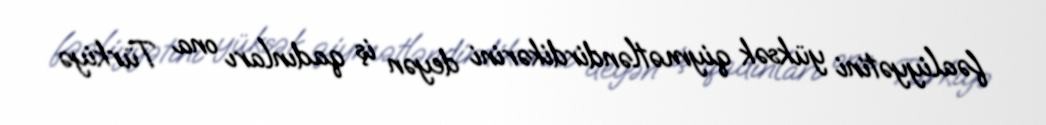
fəaliyyətini yüksək qiymətləndirdikərini deyən iş qadınları ona Türkiyə